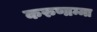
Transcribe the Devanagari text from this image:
करुणाम्मा